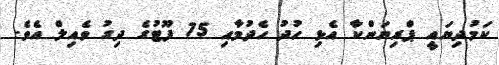
ކަމުދިޔައީ ޕްރިޔަންކާ އެޅި ހުދު ހެދުމާއި 75 ފޫޓުގެ ދިގު ވެއިލް އެވެ.